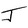
Character: J